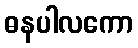
ဓနပါလကော